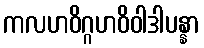
ကလဟဝိဂ္ဂဟဝိဝါဒါပန္နာ